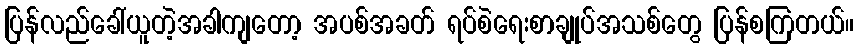
ပြန်လည်ခေါ်ယူတဲ့အခါကျတော့ အပစ်အခတ် ရပ်စဲရေးစာချုပ်အသစ်တွေ ပြန်စကြတယ်။